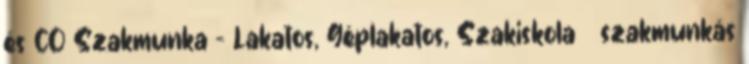
és CO Szakmunka - Lakatos, Géplakatos, Szakiskola szakmunkás